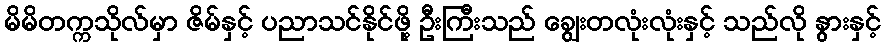
မိမိတက္ကသိုလ်မှာ ဇိမ်နှင့် ပညာသင်နိုင်ဖို့ ဦးကြီးသည် ချွေးတလုံးလုံးနှင့် သည်လို နွားနှင့်